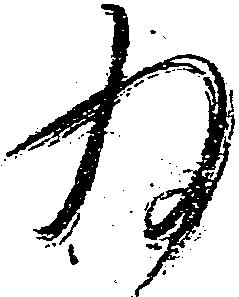
為